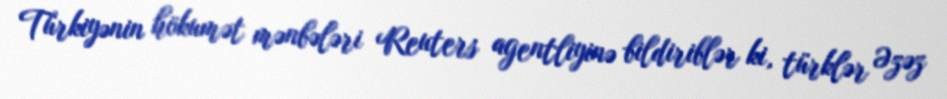
Türkiyənin hökumət mənbələri Reuters agentliyinə bildiriblər ki, türklər Əzəz